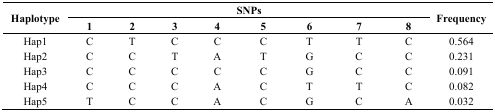
<table><thead><tr><td rowspan="2"><b>Haplotype</b></td><td colspan="8"><b>SNPs</b></td><td rowspan="2"><b>Frequency</b></td></tr><tr><td><b>1</b></td><td><b>2</b></td><td><b>3</b></td><td><b>4</b></td><td><b>5</b></td><td><b>6</b></td><td><b>7</b></td><td><b>8</b></td></tr></thead><tbody><tr><td>Hap1</td><td>C</td><td>T</td><td>C</td><td>C</td><td>C</td><td>T</td><td>T</td><td>C</td><td>0.564</td></tr><tr><td>Hap2</td><td>C</td><td>C</td><td>T</td><td>A</td><td>T</td><td>G</td><td>C</td><td>C</td><td>0.231</td></tr><tr><td>Hap3</td><td>C</td><td>C</td><td>C</td><td>C</td><td>C</td><td>G</td><td>C</td><td>C</td><td>0.091</td></tr><tr><td>Hap4</td><td>C</td><td>C</td><td>C</td><td>A</td><td>C</td><td>T</td><td>T</td><td>C</td><td>0.082</td></tr><tr><td>Hap5</td><td>T</td><td>C</td><td>C</td><td>A</td><td>C</td><td>G</td><td>C</td><td>A</td><td>0.032</td></tr></tbody></table>